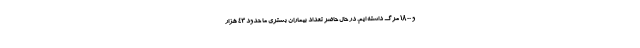
و ۱۸۰۰ مرگ داشته ایم. در حال حاضر تعداد بیماران بستری ما حدود ۴۳ هزار